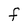
Character: F